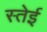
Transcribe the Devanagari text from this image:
स्तेईं